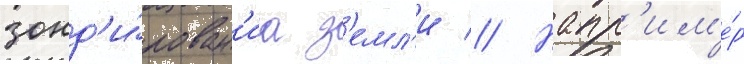
зонд'и́рован'иа з'емл'и // Напр'им'е́р